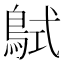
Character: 𪀸